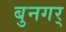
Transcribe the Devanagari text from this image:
बुनगर्